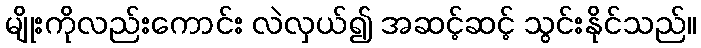
မျိုးကိုလည်းကောင်း လဲလှယ်၍ အဆင့်ဆင့် သွင်းနိုင်သည်။